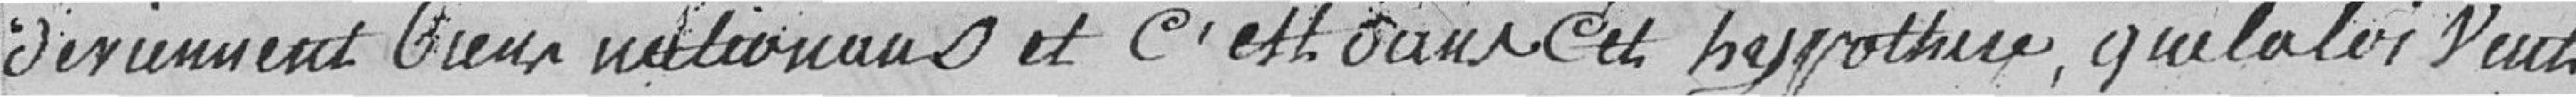
deviennent biens nationaux et c'est dans cette hypothèse, que la loi veut